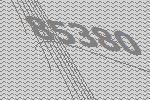
85380